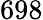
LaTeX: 698